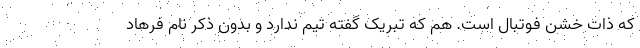
که ذات خشن فوتبال است. هم که تبریک گفته تیم ندارد و بدون ذکر نام فرهاد